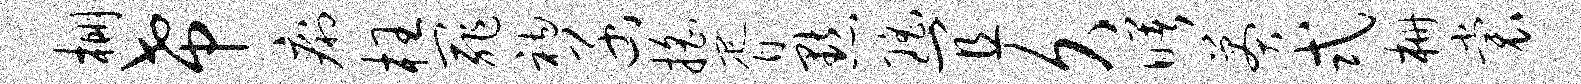
棚希痢枉罪衲函摇胥默瑶宜久曙莽式栅裳